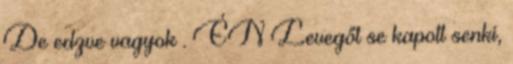
De edzve vagyok . ÉN Levegőt se kapott senki,